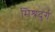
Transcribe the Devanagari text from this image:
मिश्रदुर्ग